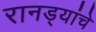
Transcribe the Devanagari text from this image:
रानड्यांचे